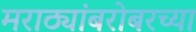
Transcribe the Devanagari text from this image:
मराठ्यांबरोबरच्या